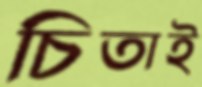
চিতাই